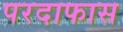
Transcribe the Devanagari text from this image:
परदाफास